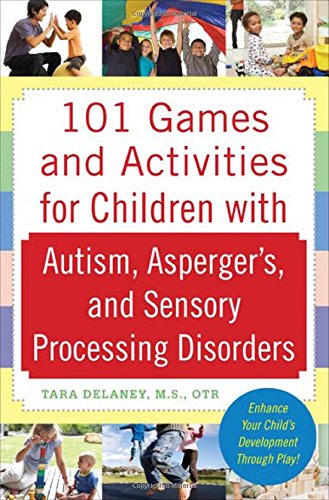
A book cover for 101 Games and Activities for Children With Autism, Asperger's and Sensory Processing Disorders; Tara Delaney; Humor & Entertainment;